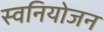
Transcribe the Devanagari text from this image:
स्वनियोजन